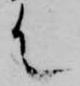
て